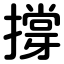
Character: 撐